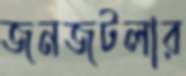
জনজটলার